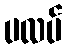
ပလပ်